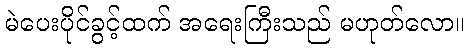
မဲပေးပိုင်ခွင့်ထက် အရေးကြီးသည် မဟုတ်လော။